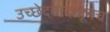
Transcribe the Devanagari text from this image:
उच्छेदवादातूनच